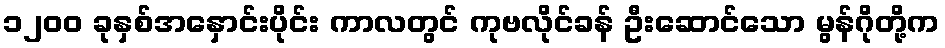
၁၂၀၀ ခုနှစ်အနှောင်းပိုင်း ကာလတွင် ကုဗလိုင်ခန် ဦးဆောင်သော မွန်ဂိုတို့က